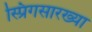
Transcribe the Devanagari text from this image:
स्प्रिंगसारख्या